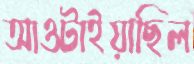
আওটাইয়াছিল